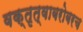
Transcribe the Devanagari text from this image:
वक्तृत्वाबरोबरच